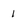
Character: 1